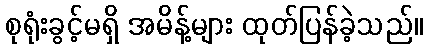
စုရုံးခွင့်မရှိ အမိန့်များ ထုတ်ပြန်ခဲ့သည်။